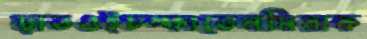
ছাতওইচম্‌কাতেনমিরাক